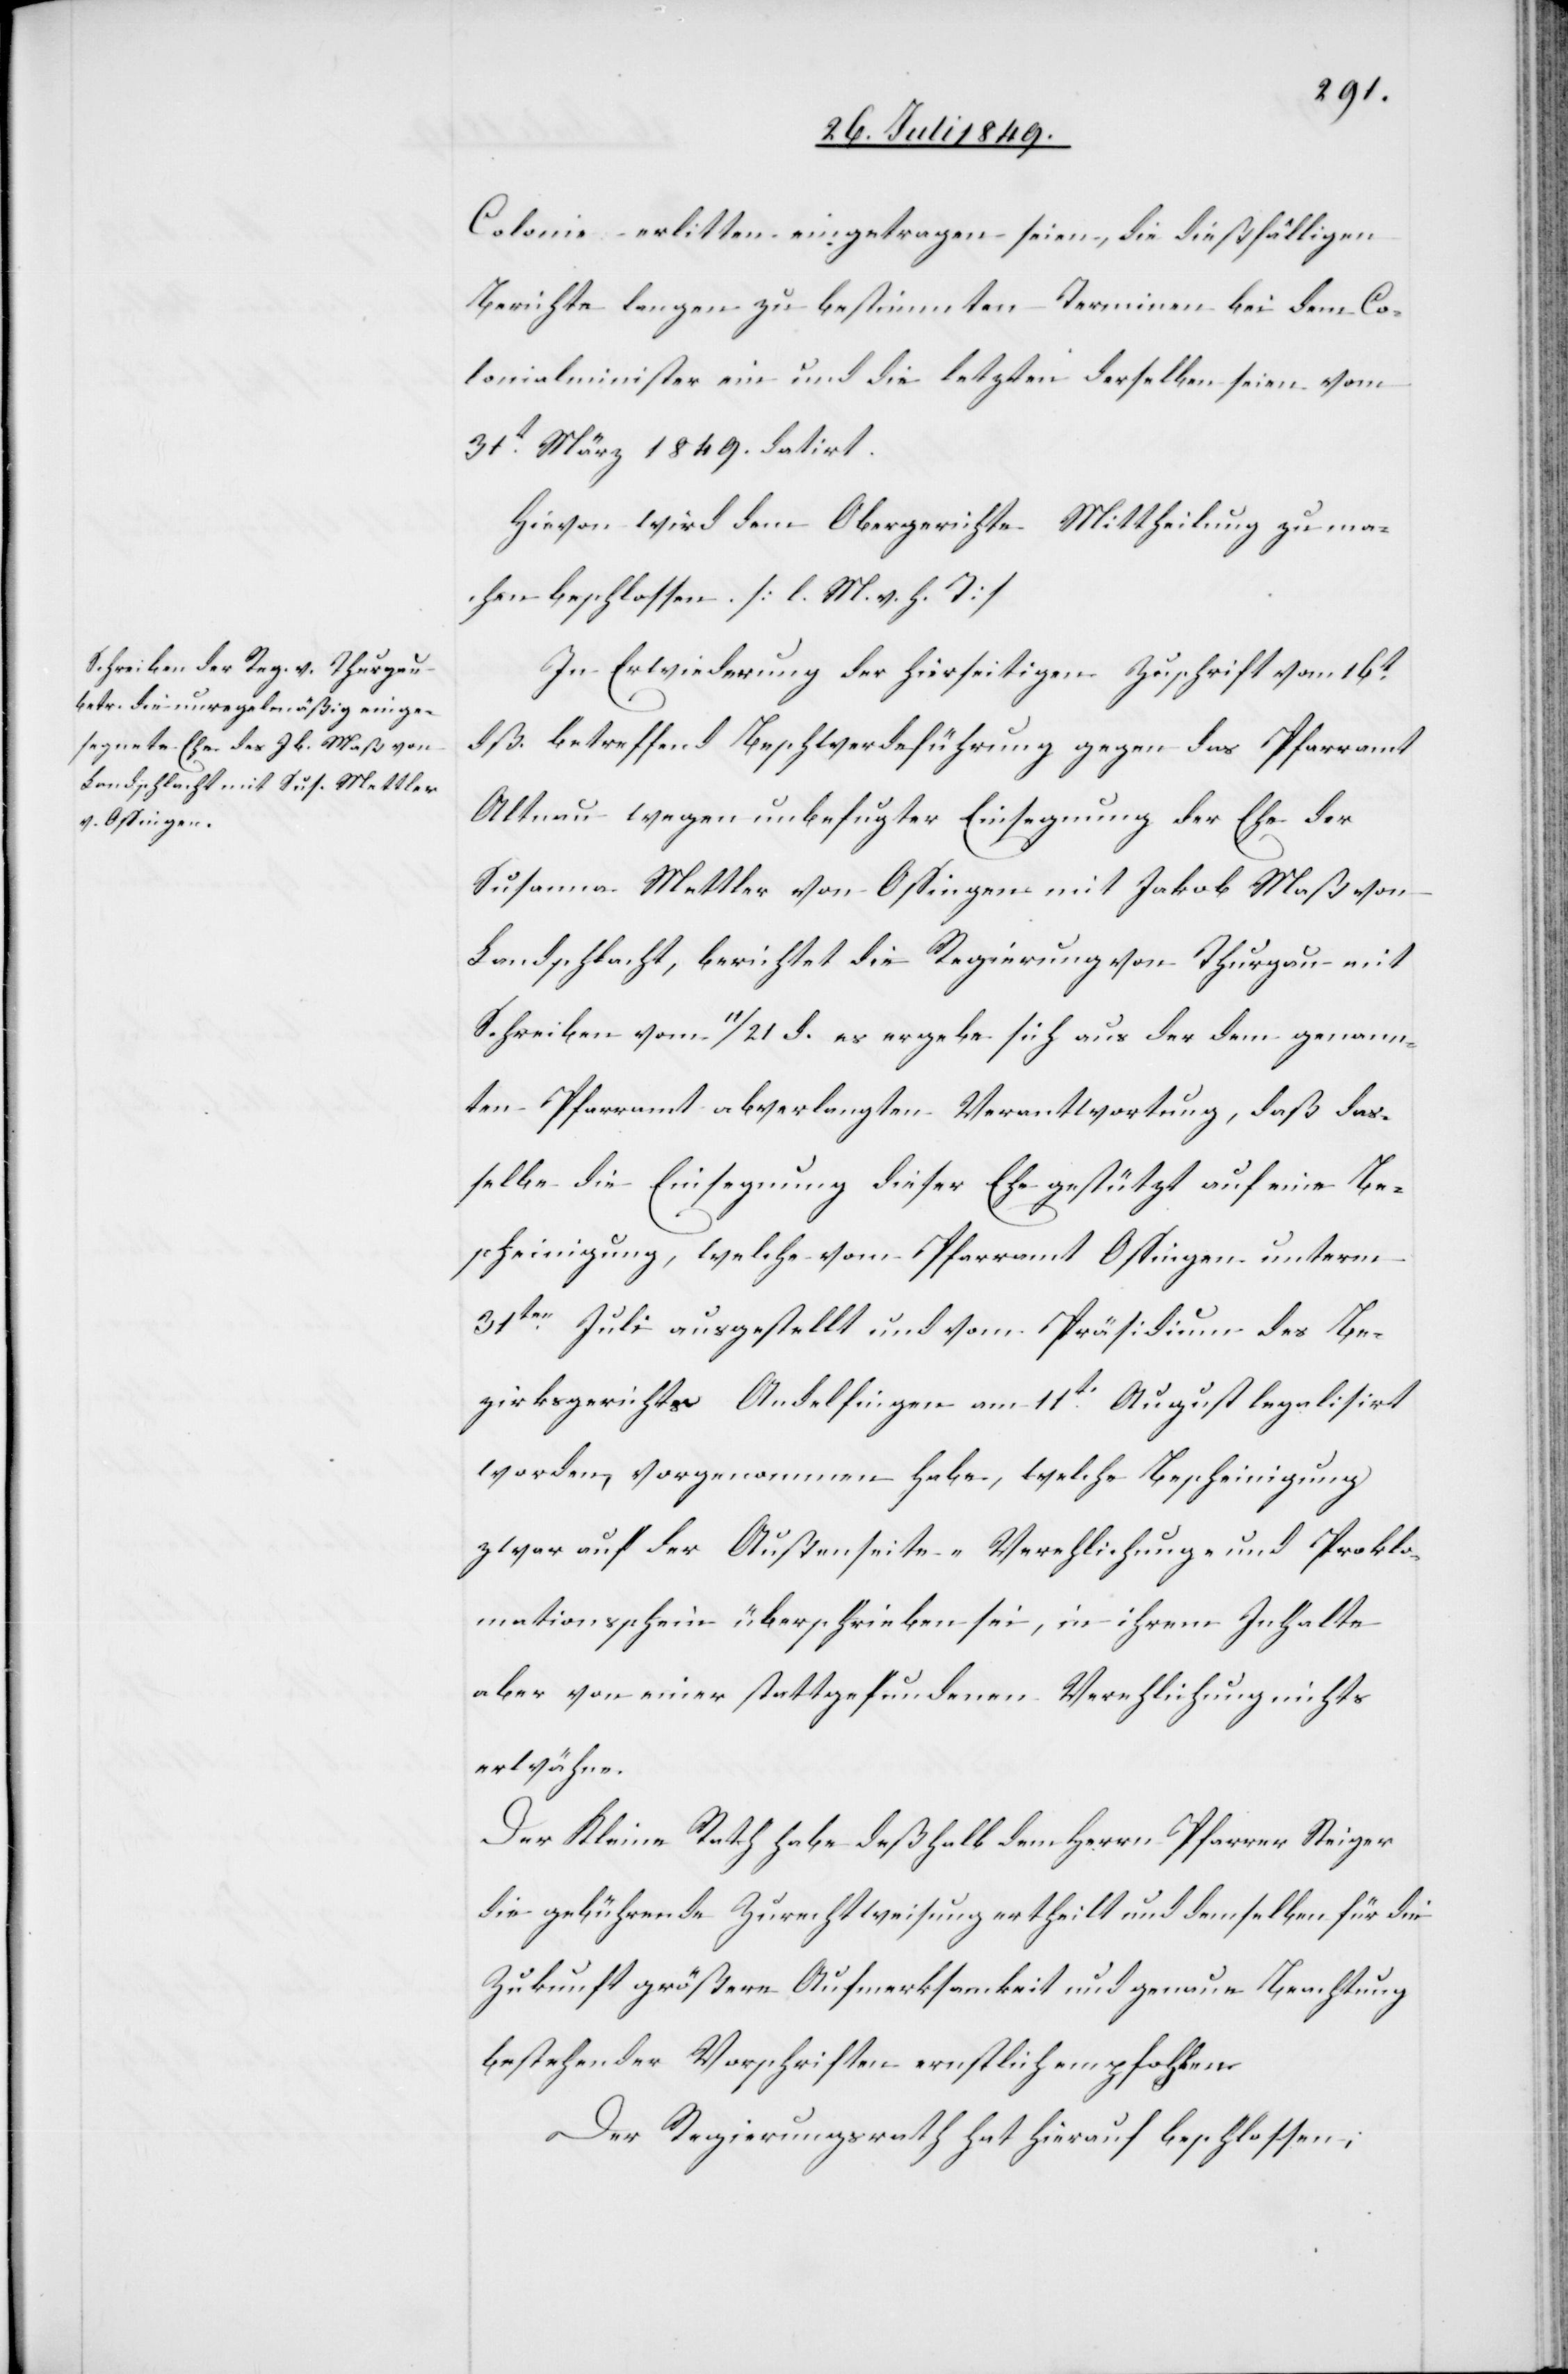
Colonie erlitten eingetragen seien, die dießfälligen
Berichte langen zu bestimmten Terminen bei dem Co¬
lonialminister ein und die letzten derselben seien vom
31t März 1849. datirt.
Hievon wird dem Obergerichte Mittheilung zu ma¬
chen beschlossen. [l. M. v. h. T]
In Erwiederung der hierseitigen Zuschrift vom 16t
dß. betreffend Beschwerdeführung gegen das Pfarramt
Altnau wegen unbefugter Einsegnung der Ehe der
Susanna Mettler von Ossingen mit Jakob Maß von
Landschlacht, berichtet die Regierung von Thurgau mit
Schreiben vom 11/21 d. es ergebe sich aus der dem genann¬
ten Pfarramt abverlangten Verantwortung, daß das¬
selbe die Einsegnung dieser Ehe gestützt auf eine Be¬
scheinigung, welche vom Pfarramt Ossingen unterm
31ten Juli ausgestellt und vom Präsidium des Be¬
zirksgerichtes Andelfingen am 11t August legalisirt
worden, vorgenommen habe, welche Bescheinigung
zwar auf der Außenseite – Verehlichung- und Prokla¬
mationsschein überschrieben sei, in ihrem Inhalte
aber von einer stattgefundenen Verehlichung nichts
erwähne.
Der Kleine Rath habe deßhalb dem Herrn Pfarrer Steiger
die gebührende Zurechtweisung ertheilt und demselben für die
Zukunft größere Aufmerksamkeit und genaue Beachtung
bestehender Vorschriften ernstlich empfohlen.
Der Regierungsrath hat hierauf beschlossen: